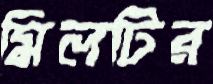
মিলটির